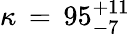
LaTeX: \kappa\, =\, 95_{-7}^{+11}